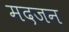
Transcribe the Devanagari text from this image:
मदजन